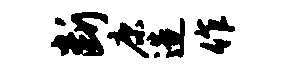
断康造作